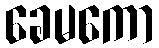
ခေမကော